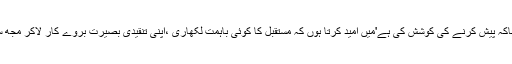
میں نے تو صرف صاحبِ کتاب اور نمایاں نعت گوشعراء کے تخلیقی میلانات کا خاکہ پیش کرنے کی کوشش کی ہے'میں امید کرتا ہوں کہ مستقبل کا کوئی باہمت لکھاری ،اپنی تنقیدی بصیرت بروے کار لاکر مجھ سے بہترانداز میں پاکستان میں اردو نعت کے ادبی سفر کا احوال قلم بند کرسکے گا۔